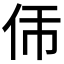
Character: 𬽮